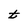
Character: t